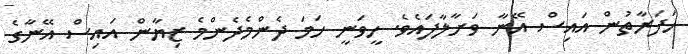
ހަފަރާތުން އައިސް އޭނާ ވަށާލާފައެވެ. ހީވަނީ ހަމަ ދެންމެދެންމެ ޒިޔާން އައިސް އޭނާގެ